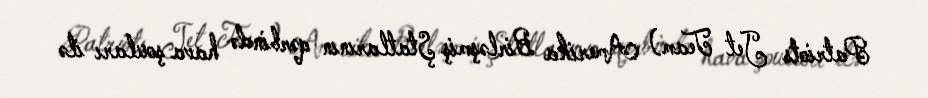
Patriots Jet Team) Amerika Birləşmiş Ştatlarının qərbində hava şouları ilə